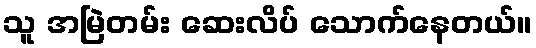
သူ အမြဲတမ်း ဆေးလိပ် သောက်နေတယ်။